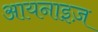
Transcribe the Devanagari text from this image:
आयनाइज़